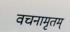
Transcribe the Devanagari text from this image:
वचनामृतम्